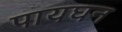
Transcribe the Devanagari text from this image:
पायघन